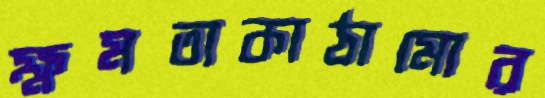
ক্ষমতাকাঠামোর